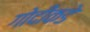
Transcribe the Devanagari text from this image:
गोदीकडे